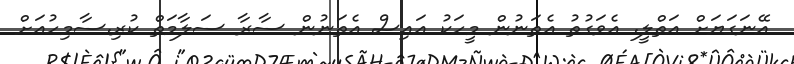
އޭނަގަޔަށް އަތްލީ. އެވަގުތު އެތަނުން މީހަކު އައިސް އެތަނުން ސާރާ ސަލާމަތް ކުރި.ސާމިހުއަށް